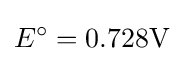
E^{\circ }=0.728\mathrm {V}